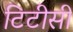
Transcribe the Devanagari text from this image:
टिटीसी